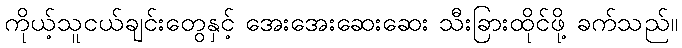
ကိုယ့်သူငယ်ချင်းတွေနှင့် အေးအေးဆေးဆေး သီးခြားထိုင်ဖို့ ခက်သည်။